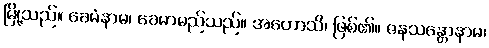
မြို့သည်။ ခေမံနာမ၊ ခေမာမည်သည်။ အဟောသိ၊ ဖြစ်၏။ ဇနသန္တောနာမ၊